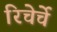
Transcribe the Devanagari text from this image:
रिचेर्चे